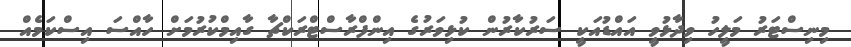
މިނިސްޓަރު މަލީހު ވިދާޅުވީ އައްޑުއަކީ ސަރުކާރުން ކުޅިވަރުގެ އިންފްރާސްޓްރަކްޗާ ގާއިމްކުރުމަށް ހާއްސަ އިސްކަމެއް